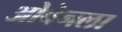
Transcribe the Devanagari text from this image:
ओवेनला